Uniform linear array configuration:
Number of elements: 8
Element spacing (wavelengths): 0.75
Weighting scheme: binomial
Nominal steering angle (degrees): -60
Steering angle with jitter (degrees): -61.452
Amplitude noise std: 0.05
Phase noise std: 0.05

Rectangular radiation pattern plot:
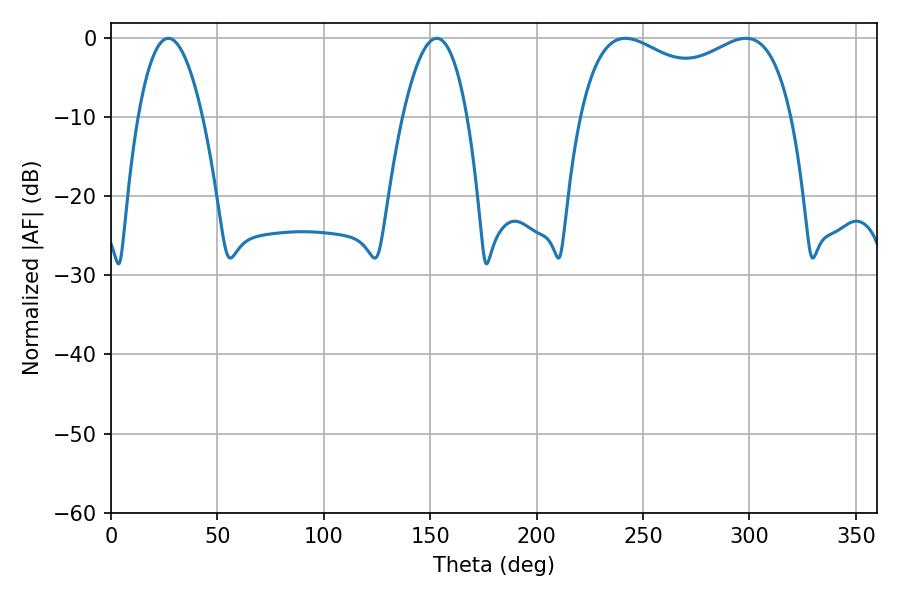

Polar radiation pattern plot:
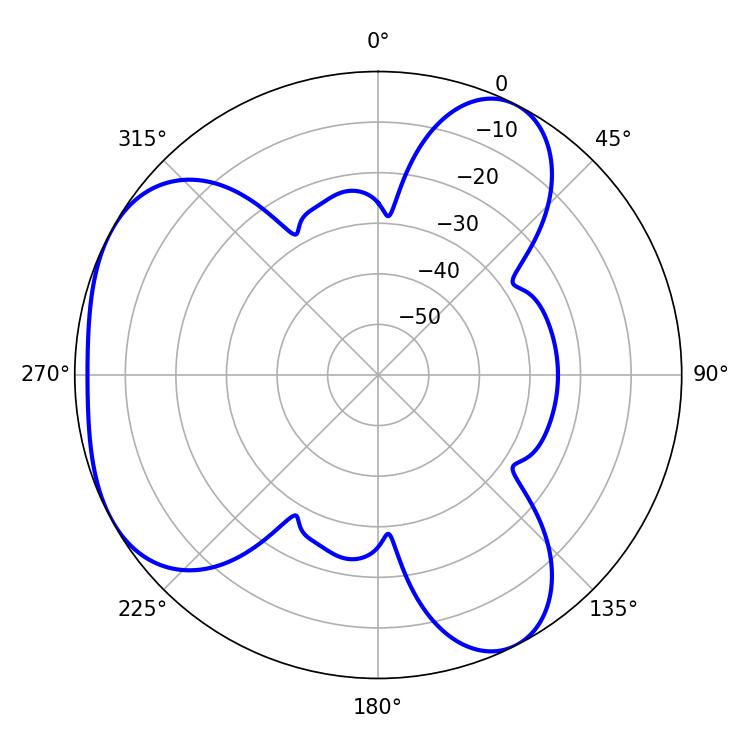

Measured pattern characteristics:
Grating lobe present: TRUE
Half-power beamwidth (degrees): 82.44
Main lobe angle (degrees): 241.74